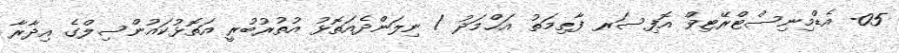
05- އެޑްމިނިސްޓްރޭޓިވް އޮފިސަރ ފާޠިމަތު އަޙްމަދު / ނިލަންދެއަތޮޅު އުތުރުބުރީ އަތޮޅުކައުންސިލްގެ އިދާރާ